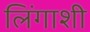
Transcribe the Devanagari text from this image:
लिंगाशी